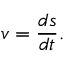
v = { \frac { d s } { d t } } .